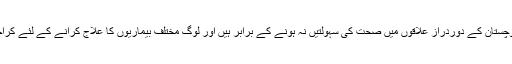
قدرتی وسائل سے مالا مال اس جنوب مغربی صوبہٴ بلوچستان کے دوردراز علاقوں میں صحت کی سہولتیں نہ ہونے کے برابر ہیں اور لوگ مختلف بیماریوں کا علاج کرانے کے لئے کراچی یا ملک کے دیگر شہروں میں جانے پر مجبور ہیں۔